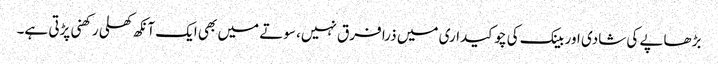
بڑھاپے کی شادی اور بینک کی چوکیداری میں ذرا فرق نہیں، سوتے میں بھی ایک آنکھ کھلی رکھنی پڑتی ہے۔